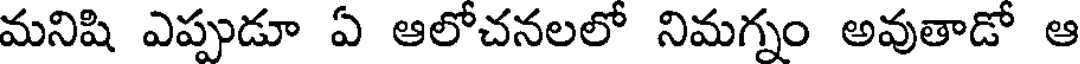
మనిషి ఎప్పుడూ ఏ ఆలోచనలలో నిమగ్నం అవుతాడో ఆ